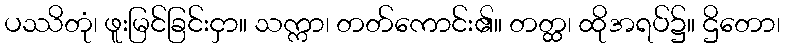
ပဿိတုံ၊ ဖူးမြင်ခြင်းငှာ။ သက္ကာ၊ တတ်ကောင်း၏။ တတ္ထ၊ ထိုအရပ်၌။ ဌိတော၊